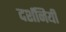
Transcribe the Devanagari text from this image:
दर्शनियी